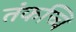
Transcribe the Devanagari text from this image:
तंकच्चि